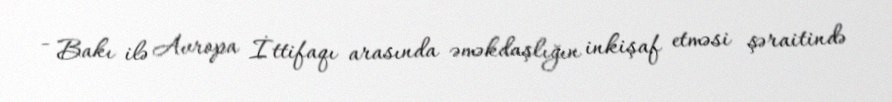
- Bakı ilə Avropa İttifaqı arasında əməkdaşlığın inkişaf etməsi şəraitində